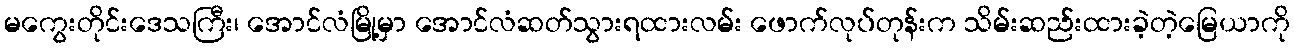
မကွေးတိုင်းဒေသကြီး၊ အောင်လံမြို့မှာ အောင်လံဆတ်သွားရထားလမ်း ဖောက်လုပ်တုန်းက သိမ်းဆည်းထားခဲ့တဲ့မြေယာကို